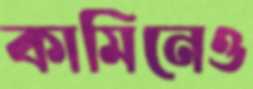
কামিনেও